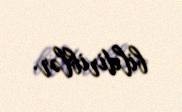
bildiriblər.